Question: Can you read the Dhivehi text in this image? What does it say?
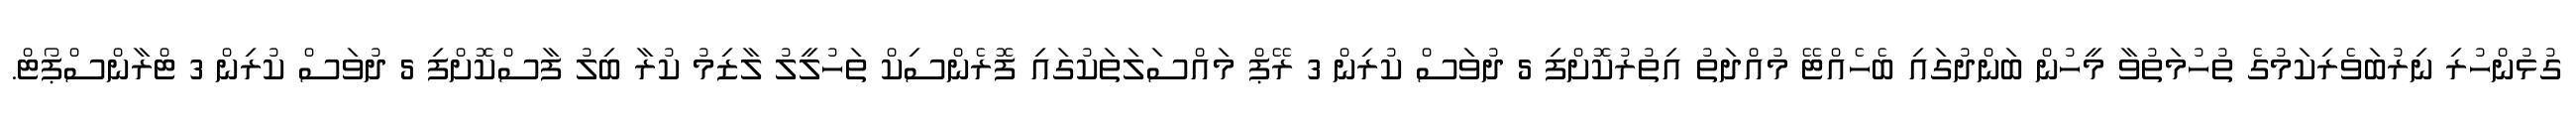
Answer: ގުޅުންހުރި ނިރުބަވެރިކަމުގެ ތުހުމަތުވާ މީހުން ބަންދުގައި ބެހެއްޓޭ މުއްދަތު އިތުރުކޮށްފި 5 ދުވަސް ކުރިން 3 ރޭޕް މައްސަލަތަކުގައި ފޮރެންސިކް ތަހުލީލު ލާޒިމު ކުރާ ބިލު ފާސްކޮށްފި 5 ދުވަސް ކުރިން 3 ޓްރާންސްޕޯޓް.